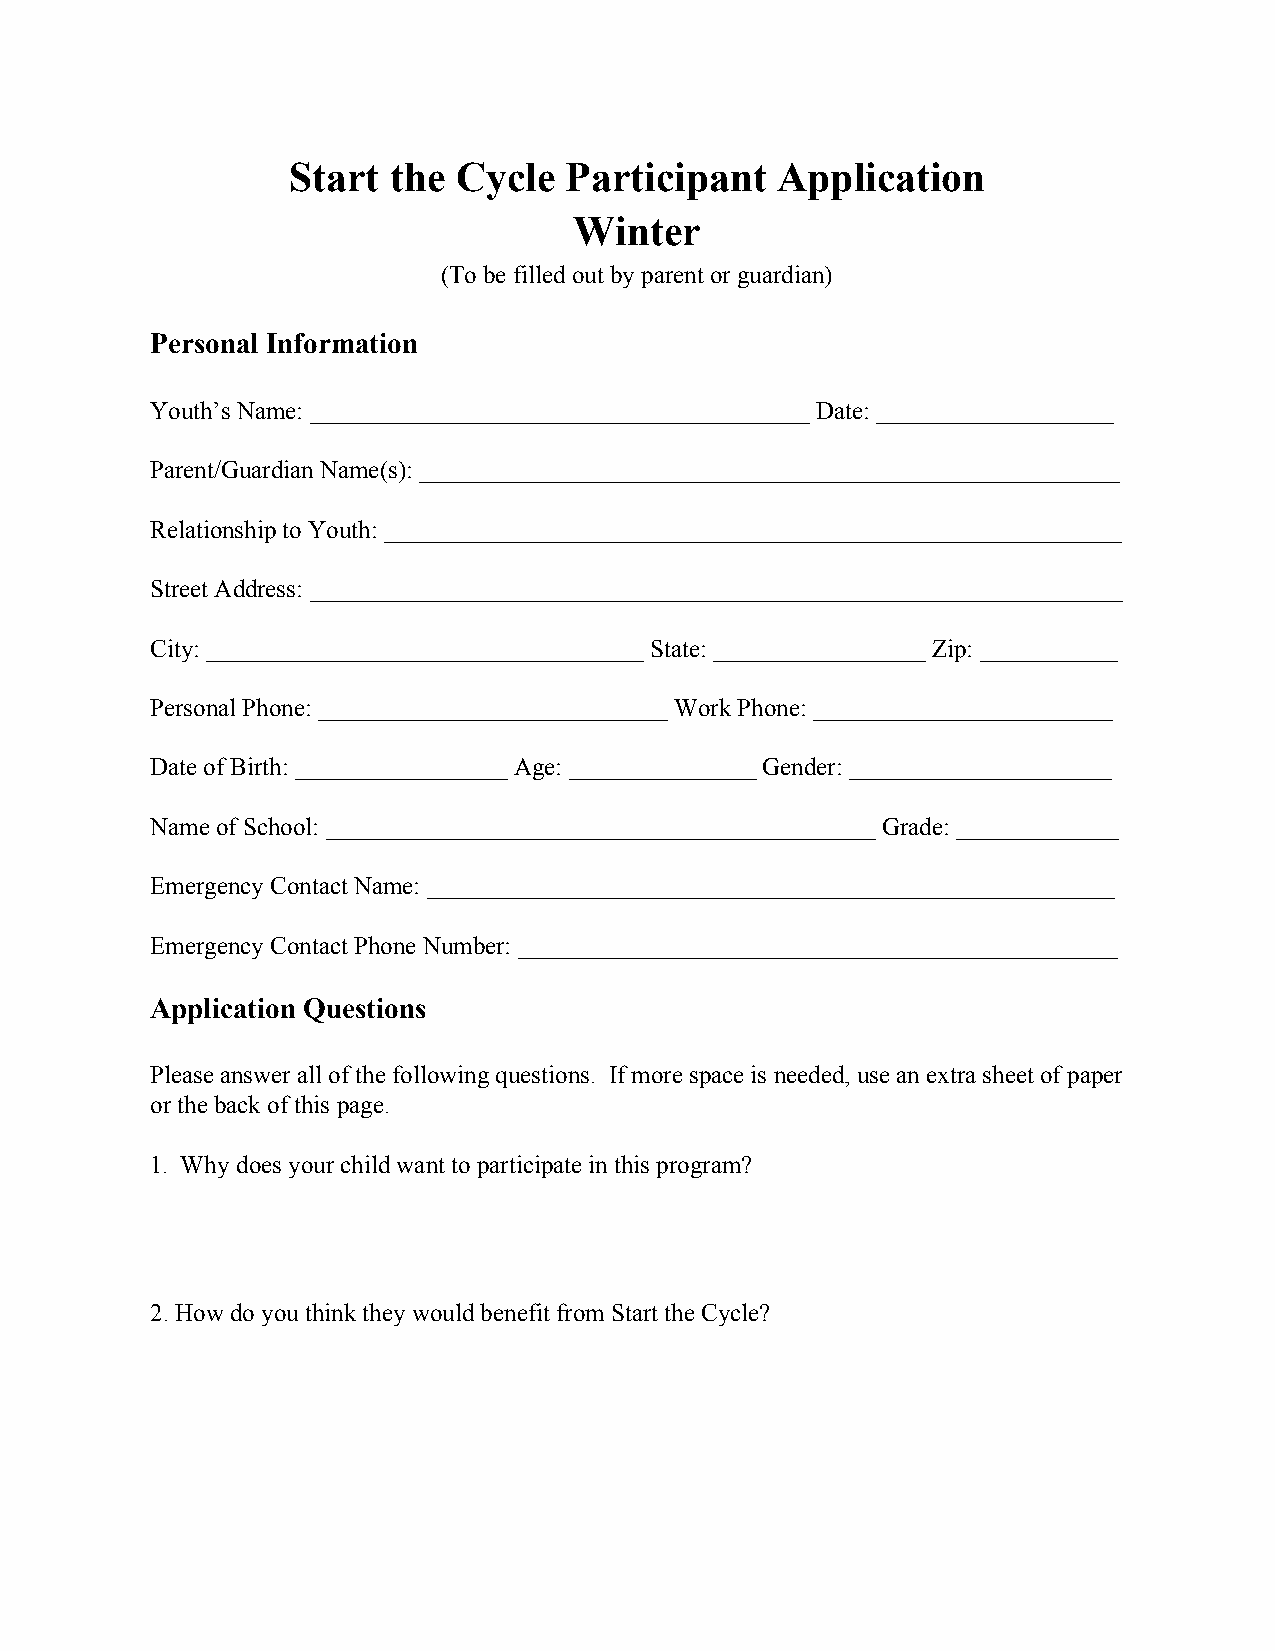
Start  the Cycle  Participant   Application
 Winter
 (To be filled out by parent or guardian)
 Personal Information
 Youth’s Name: ________________________________________ Date: ___________________
 Parent/Guardian Name(s): ________________________________________________________
 Relationship to Youth: ___________________________________________________________
 Street Address: _________________________________________________________________
 City: ___________________________________ State: _________________ Zip: ___________
 Personal Phone: ____________________________ Work Phone: ________________________
 Date of Birth: _________________ Age: _______________ Gender: _____________________
 Name of School: ____________________________________________ Grade: _____________
 Emergency Contact Name: _______________________________________________________
 Emergency Contact Phone Number: ________________________________________________
 Application Questions
 Please answer all of the following questions. If more space is needed, use an extra sheet of paper
 or the back of this page.
 1. Why does your child want to participate in this program?
 2. How do you think they would benefit from Start the Cycle?